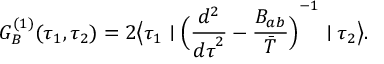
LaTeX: G _ { B } ^ { ( 1 ) } ( \tau _ { 1 } , \tau _ { 2 } ) = 2 \bigl \langle \tau _ { 1 } \mid { \Bigl ( { \frac { d ^ { 2 } } { { d \tau } ^ { 2 } } } - { \frac { B _ { a b } } { \bar { T } } } \Bigl ) } ^ { - 1 } \mid \tau _ { 2 } \bigr \rangle .